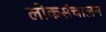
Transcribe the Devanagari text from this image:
लोकसंचालन